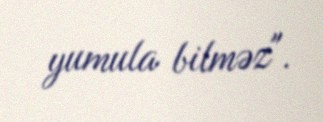
yumula bilməz".